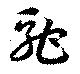
駝